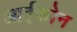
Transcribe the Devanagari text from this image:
आईकोन